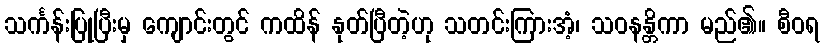
သင်္ကန်းပြုပြီးမှ ကျောင်းတွင် ကထိန် နုတ်ပြီတဲ့ဟု သတင်းကြားအံ့၊ သဝနန္တိကာ မည်၏။ စီဝရ